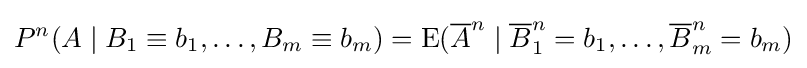
P^{n}(A\mid B_{1}\equiv b_{1},\ldots ,B_{m}\equiv b_{m})=\operatorname {E} ({\overline {A}}^{n}\mid {\overline {B}}_{1}^{n}=b_{1},\ldots ,{\overline {B}}_{m}^{n}=b_{m})